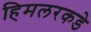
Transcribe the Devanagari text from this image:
हिमलरकडे